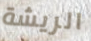
الريشة